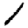
Digit: 1